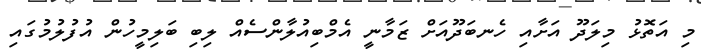
މި އަތޮޅު މިލަދޫ އަށާއި ހެނބަދޫއަށް ޒަމާނީ އެމްބިއުލާންސެއް ލިބި ބަލިމީހުން އުފުުލުމުގައި